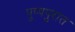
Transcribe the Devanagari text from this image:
पुष्पपुरात